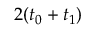
2 ( t _ { 0 } + t _ { 1 } )